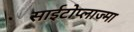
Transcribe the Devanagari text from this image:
साईटोप्लाज्मा